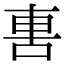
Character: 軎